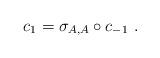
LaTeX: \begin{align*} c_1 = \sigma_{A,A} \circ c_{-1} \ . \end{align*}